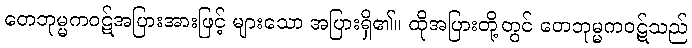
တေဘုမ္မကဝဋ်အပြားအားဖြင့် များသော အပြားရှိ၏။ ထိုအပြားတို့တွင် တေဘုမ္မကဝဋ်သည်